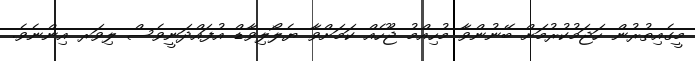
މީގެއިތުރުން ހަޖަމުކުރުމަށް ބޭނުންވާ މުހިއްމު ޖޫހެއް ކަމަށްވާ ޔެލޯލިވާޑް އުފައްދަނީވެސް ލިވަރ އިންނެވެ.